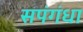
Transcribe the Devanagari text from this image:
सपंगंधा